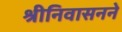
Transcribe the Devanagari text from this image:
श्रीनिवासनने